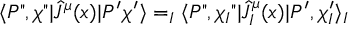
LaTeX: \langle P " , \chi " | { \hat { J } } ^ { \mu } ( x ) | P ^ { \prime } \chi ^ { \prime } \rangle = _ { I } \langle P " , \chi _ { I } " | { \hat { J } } _ { I } ^ { \mu } ( x ) | P ^ { \prime } , \chi _ { I } ^ { \prime } \rangle _ { I }